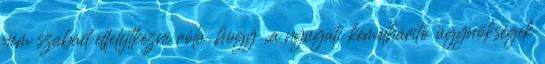
nem szabad elfelejtkezni róla, hogy „a nyugati kémelhárító ügynökségek